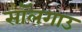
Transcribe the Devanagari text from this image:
सॉलगाउ